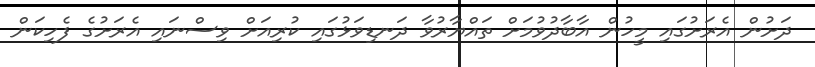
ދަށުން އެރަށުގައި މީހުން އާބާދުވުމަށް ތައްޔާރުވާ ދަނޑިވަޅުގައި ކުރިއަށް ވިސްނައި އެރަށުގެ ފެހިކަން